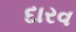
દારવ